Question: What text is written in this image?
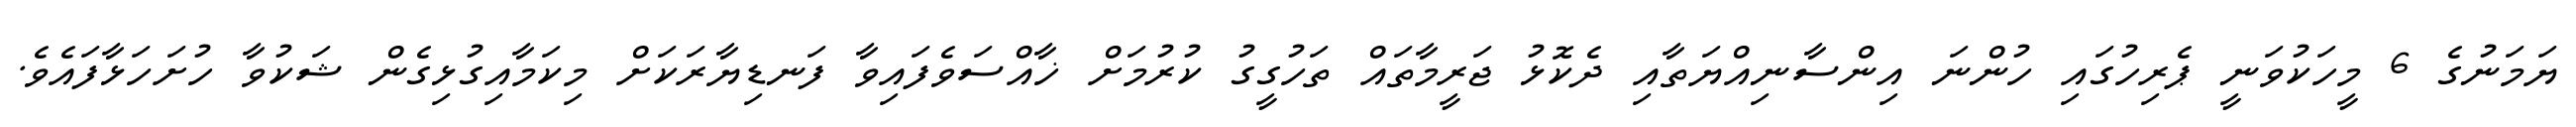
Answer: ޔަމަނުގެ 6 މީހަކުވަނީ ޕެރިހުގައި ހުންނަ އިންސާނިއްޔަތާއި ދެކޮޅު ޖަރީމާތައް ތަހުގީގު ކުރުމަށް ޚާއްސަވެފައިވާ ފަނޑިޔާރަކަށް މިކަމާއިގުޅިގެން ޝަކުވާ ހުށަހަޅާފައެވެ.